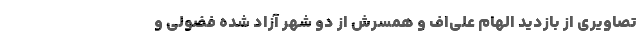
تصاویری از بازدید الهام علی‌اف و همسرش از دو شهر آزاد شده فضولی و